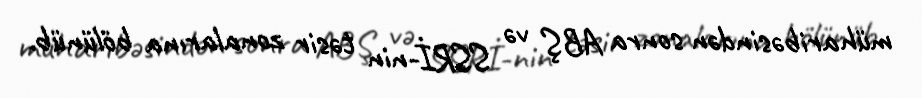
müharibəsindən sonra ABŞ və SSRİ-nin təsir zonalarına bölünüb.